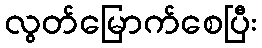
လွတ်မြောက်စေပြီး